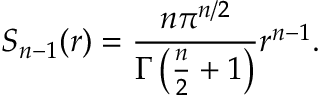
S _ { n - 1 } ( r ) = { \frac { n \pi ^ { n / 2 } } { \Gamma \left( { \frac { n } { 2 } } + 1 \right) } } r ^ { n - 1 } .